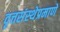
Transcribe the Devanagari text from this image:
वृत्तसंस्थेप्रमाणे